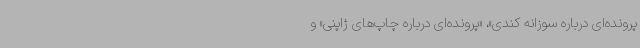
پرونده‌ای درباره سوزانه کندی»، «پرونده‌ای درباره چاپ‌های ژاپنی» و